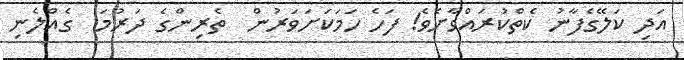
އަދި ކަލޭގެފާނު ކެތްކުރައްވާށެވެ! ފަހެ ހަމަކަށަވަރުން  ތެރިންގެ ދަރުމަ  ގެއްލެނި